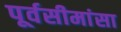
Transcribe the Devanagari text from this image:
पूर्वसीमांसा